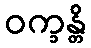
ဝက္ခန္တိ